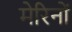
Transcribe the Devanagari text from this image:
मेरिनों